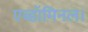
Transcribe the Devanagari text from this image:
एब्डॉमिनल।